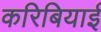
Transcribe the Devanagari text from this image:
करिबियाई